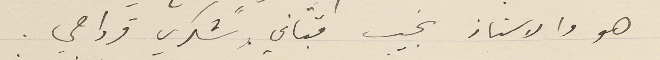
هو والاستاذ نجيب قبّاني وشكري قرداحي.